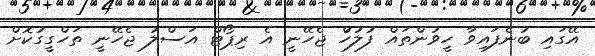
އޭގައި ބުނެފައިވާ ހީވުންތައް ފުލުހުް ޖެހޭނީ އެ ރިޕޯޓް އަސްލު ޖެހޭނީ ތަހްގީގުކޮށް